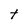
Character: t